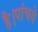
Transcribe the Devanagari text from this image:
है।पांचवे